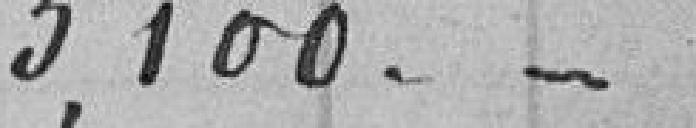
3,100.